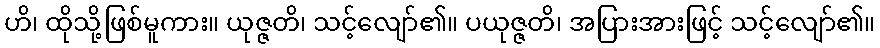
ဟိ၊ ထိုသို့ဖြစ်မူကား။ ယုဇ္ဇတိ၊ သင့်လျော်၏။ ပယုဇ္ဇတိ၊ အပြားအားဖြင့် သင့်လျော်၏။